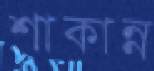
শাকান্ন